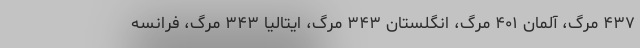
۴۳۷ مرگ، آلمان ۴۰۱ مرگ، انگلستان ۳۴۳ مرگ، ایتالیا ۳۴۳ مرگ، فرانسه